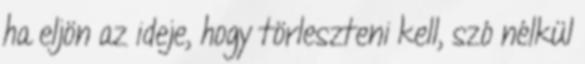
ha eljön az ideje, hogy törleszteni kell, szó nélkül